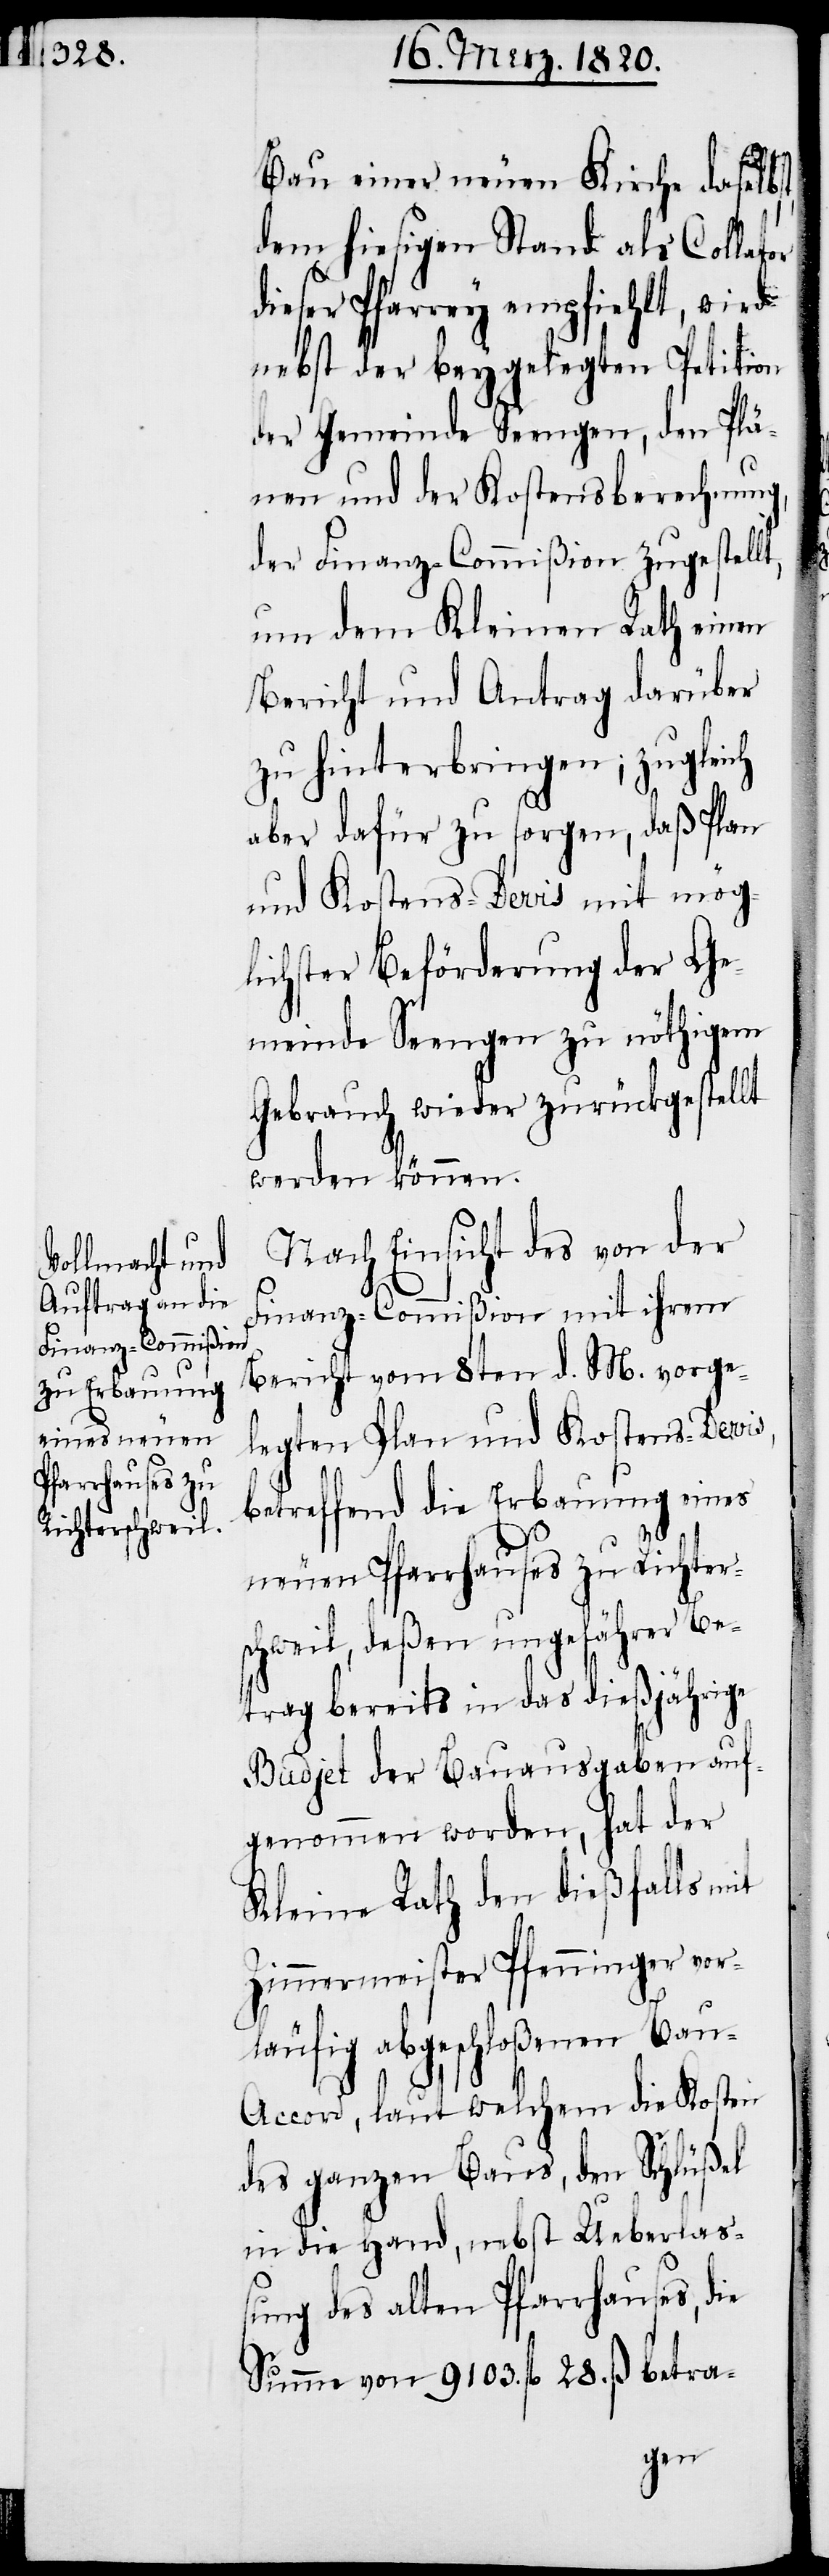
Bau einer neuen Kirche daselbs¬
dem hiesigen Stand als Collator
dieser Pfarrey empfiehlt, wird
nebst der beygelegten Petition
der Gemeinde Seengen, den Plä¬
nen und der Kostensberechnung,
der Finanz-Commißion zugestell¬
um dem Kleinen Rath einen
Bericht und Antrag darüber
zu hinterbringen; zugleich
aber dafür zu sorgen, daß Plan
und Kostens-Devis mit mög¬
lichster Beförderung der Ge¬
meinde Seengen zu nöthigem
Gebrauch wieder zurückgestellt
werden können.
Nach Einsicht des von der
Finanz-Commißion mit ihrem
Bericht vom 8ten d. M. vorge¬
legten Plan und Kostens-Devis,
betreffend die Erbauung eines
t,
neuen Pfarrhauses zu Richter¬
schweil, deßen ungefährer Be¬
trag bereits in das dießjährige
Budjet der Bauausgaben auf¬
genommen worden, hat der
Kleine Rath den dießfalls mit
Zimmermeister Pfenninger vor¬
läufig abgeschloßenen Ba¬
u-Accord, laut welchem die Kosten
des ganzen Baus, den Schlüßel
in die Hand, nebst Ueberlaß¬
ung des alten Pfarrhauses, die
Summe von 9103. fl 28. ß betra-